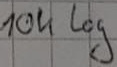
Text: 10kΩ log